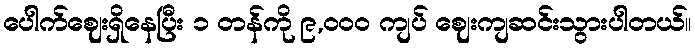
ပေါက်ဈေးရှိနေပြီး ၁ တန်ကို ၉,၀၀၀ ကျပ် ဈေးကျဆင်းသွားပါတယ်။